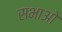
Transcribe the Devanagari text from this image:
सभाओ